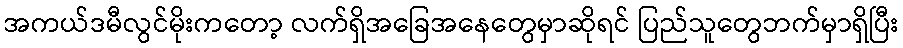
အကယ်ဒမီလွင်မိုးကတော့ လက်ရှိအခြေအနေတွေမှာဆိုရင် ပြည်သူတွေဘက်မှာရှိပြီး